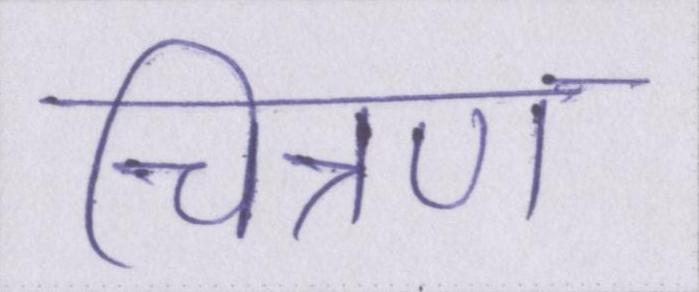
चित्रण